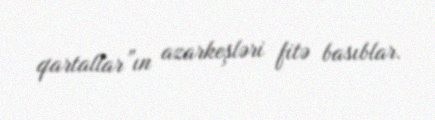
qartallar”ın azarkeşləri fitə basıblar.